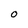
Character: O